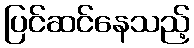
ပြင်ဆင်နေသည့်